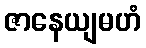
ဇာနေယျမဟံ